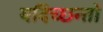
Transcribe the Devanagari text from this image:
यदिच्छन्तो